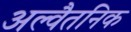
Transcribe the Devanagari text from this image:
अल्वैतनिक